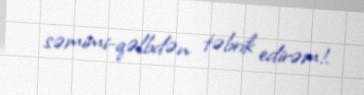
səmimi-qəlbdən təbrik edirəm!.